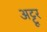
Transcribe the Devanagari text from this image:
अट्टूर